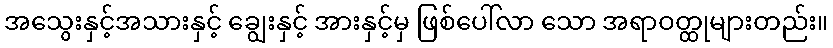
အသွေးနှင့်အသားနှင့် ချွေးနှင့် အားနှင့်မှ ဖြစ်ပေါ်လာ သော အရာဝတ္ထုများတည်း။